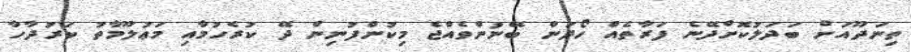
ތިނަދޫއަށް ބަދަލުކޮށްދޭނެ ފަރާތެއް ހޯދަން ބޭނުންވެއްޖެ މިކުންފުނިން ދޭ ކުރެހުމާއި މަޢުލޫމާތު ކަރުދާހާ